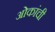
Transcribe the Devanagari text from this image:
ओकांची